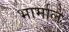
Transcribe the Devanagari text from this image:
भार्माल